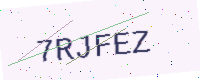
Text: 7RJFEZ